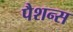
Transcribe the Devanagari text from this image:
पैशन्स